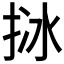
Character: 𢬄